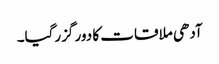
آدھی ملاقات کا دور گزرگیا۔